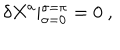
\delta X ^ { a } \vert _ { \sigma = 0 } ^ { \sigma = \pi } = 0 \ ,